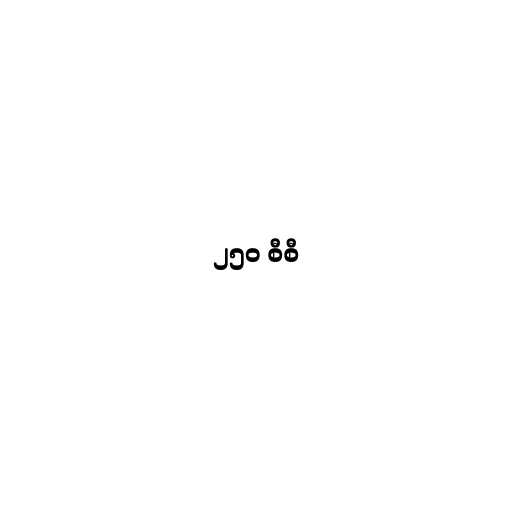
၂၅၀ စီစီ